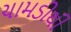
ચામડીથી